65_HS1-834228961_62-HQ-83894_Section_4
Agency: FBI
Page 25
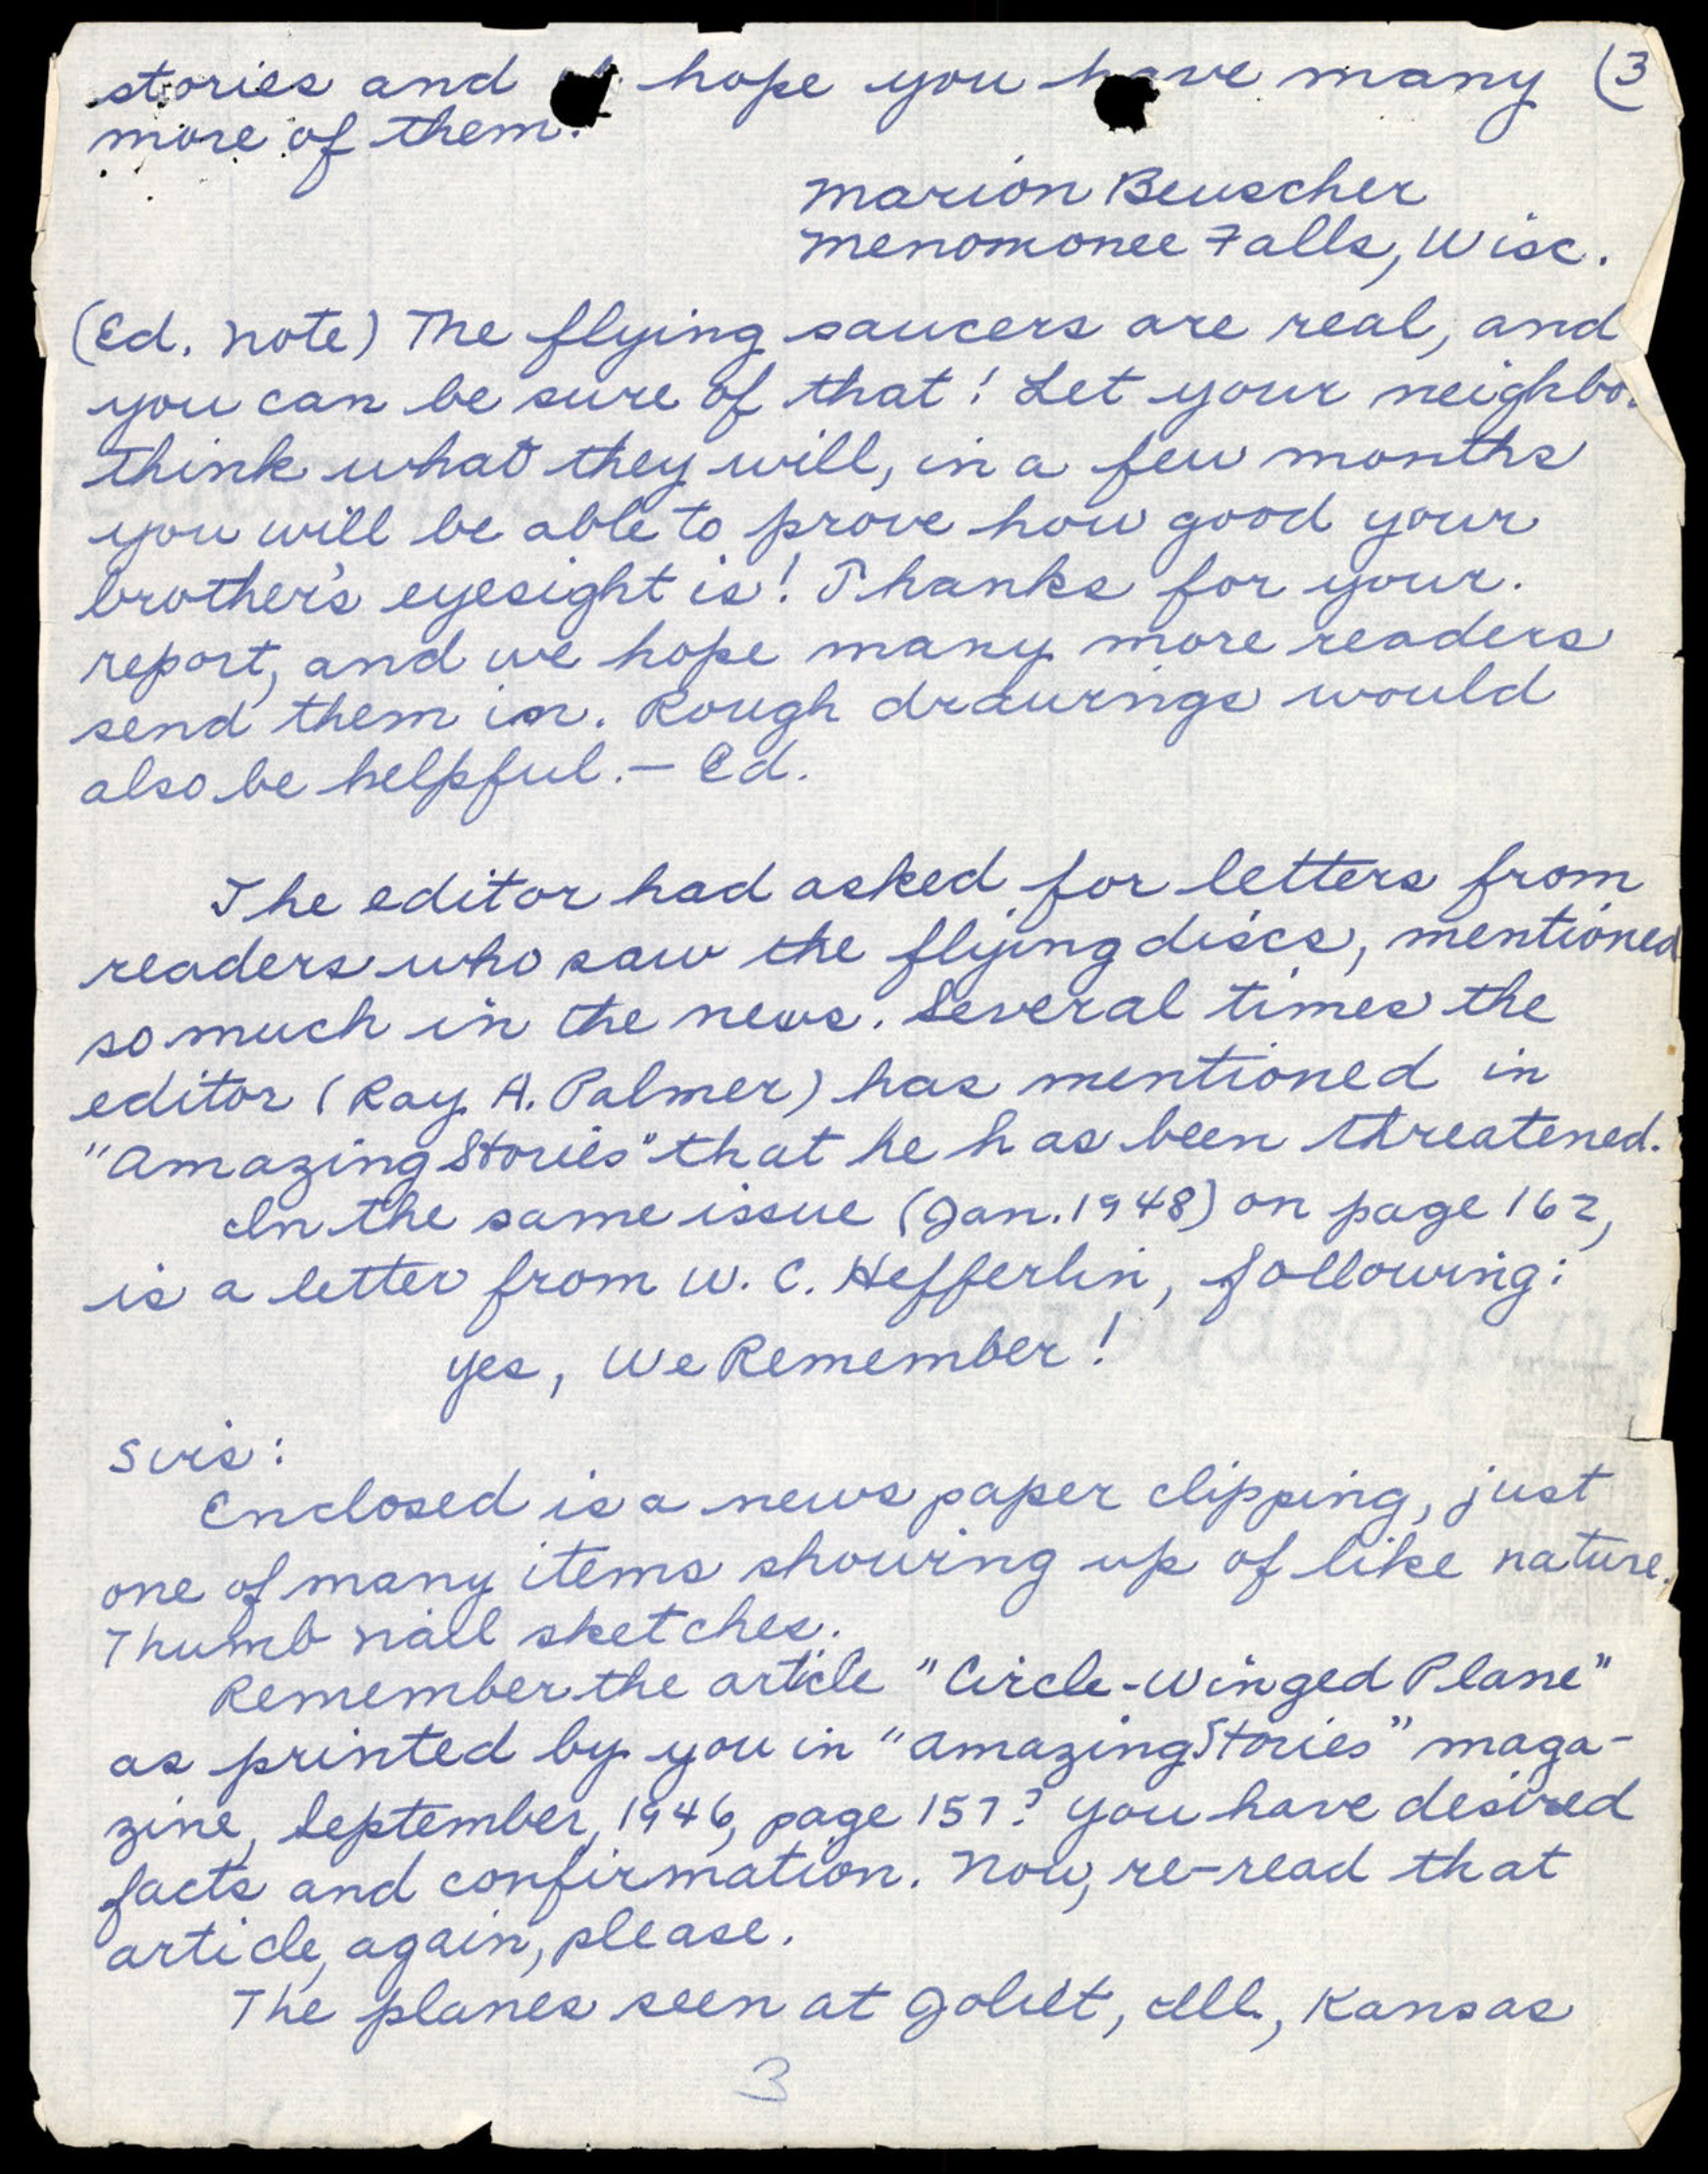